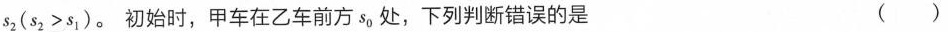
s_{2}($$s _ { 2 } > s _ { 1 } )$$。初始时，甲车在乙车前方s_{0}处，下列判断错误的是 ( )